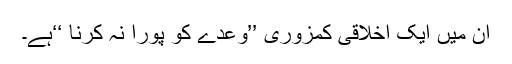
ان میں ایک اخلاقی کمزوری ’’وعدے کو پورا نہ کرنا ‘‘ہے۔